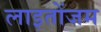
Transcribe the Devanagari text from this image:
लाइतोंजम